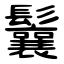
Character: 鬤